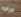
دراجه